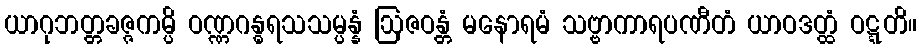
ယာဂုဘတ္တခဇ္ဇကမ္ပိ ဝဏ္ဏဂန္ဓရသသမ္ပန္နံ ဩဇဝန္တံ မနောရမံ သဗ္ဗာကာရပဏီတံ ယာဝဒတ္ထံ ဝဋ္ဋတိ။